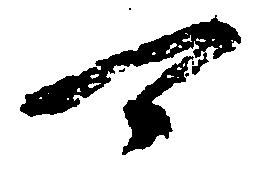
可